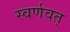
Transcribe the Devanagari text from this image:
स्वर्णवत्